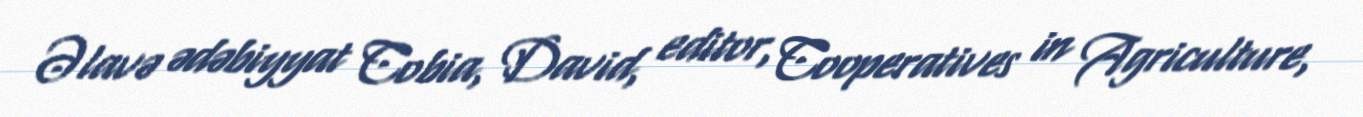
Əlavə ədəbiyyat Cobia, David, editor, Cooperatives in Agriculture,